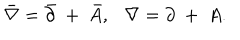
LaTeX: \bar { \nabla } = \bar { \partial } ~ + ~ \bar { A } , \nabla = \partial ~ + ~ A .